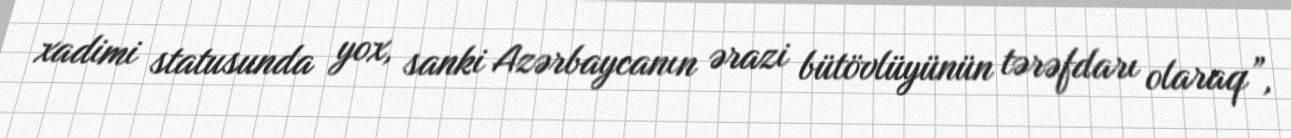
xadimi statusunda yox, sanki Azərbaycanın ərazi bütövlüyünün tərəfdarı olaraq”,